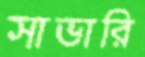
সাভারি